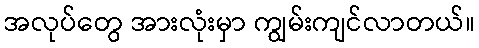
အလုပ်တွေ အားလုံးမှာ ကျွမ်းကျင်လာတယ်။